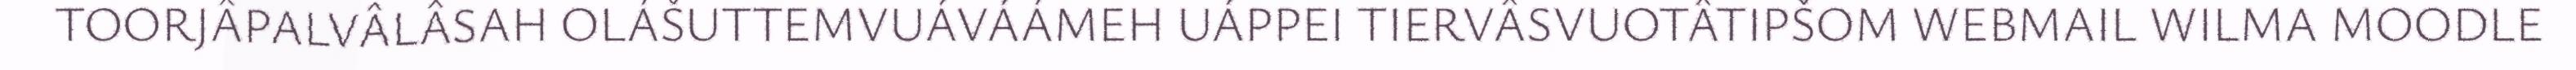
TOORJÂPALVÂLÂSAH OLÁŠUTTEMVUÁVÁÁMEH UÁPPEI TIERVÂSVUOTÂTIPŠOM WEBMAIL WILMA MOODLE